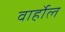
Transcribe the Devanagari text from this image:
वार्होल